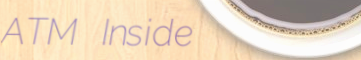
ATM Inside